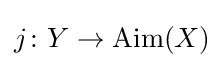
j\colon Y\to \operatorname {Aim} (X)